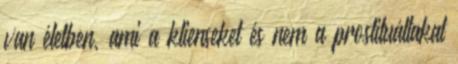
van életben, ami a klienseket és nem a prostituáltakat